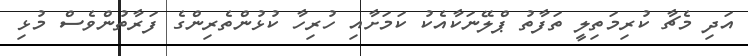
އަދި މެޗާ ކުރިމަތިލީ ތަފާތު ޕްލޭނަކާއެކު ކަމަށާއި ހުރިހާ ކުޅުންތެރިންގެ ފަރާތުންވެސް މުޅި